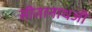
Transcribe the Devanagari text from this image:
सीतानाथजी